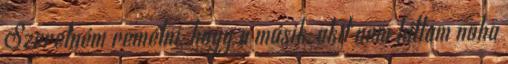
Szeretném remélni, hogy a másik, akit nem láttam noha